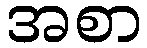
အစာ